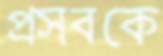
প্রসবকে